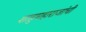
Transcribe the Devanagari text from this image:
शाहुमहाराजांची